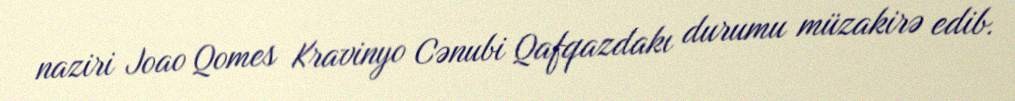
naziri Joao Qomes Kravinyo Cənubi Qafqazdakı durumu müzakirə edib.